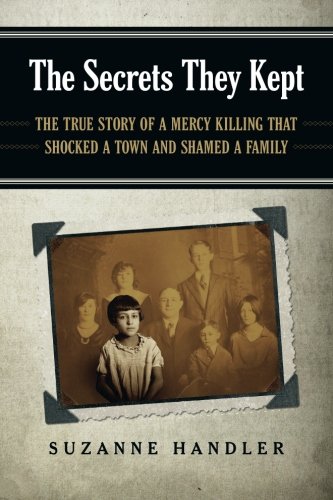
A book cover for The Secrets They Kept: The True Story of a Mercy Killing that Shocked a Town and Shamed a Family; Suzanne Handler; Parenting & Relationships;